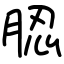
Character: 䏰